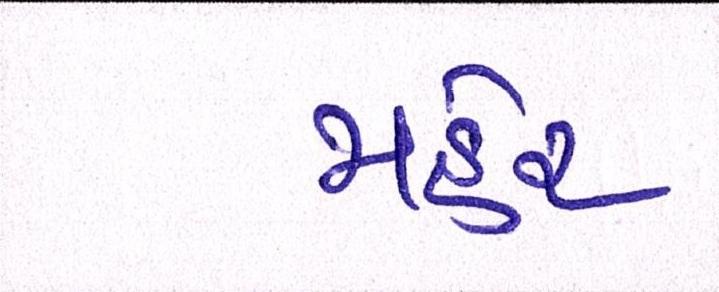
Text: મહેર